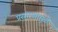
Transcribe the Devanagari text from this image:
प्रसारणामुळे